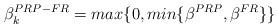
LaTeX: \begin{align*}\beta_k^{PRP-FR}=max \{0,min \{\beta^{PRP},\beta^{FR}\}\}\end{align*}